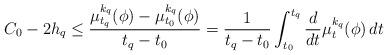
LaTeX: \begin{align*}C_0 -2h_q \leq \frac{\mu_{t_q} ^{k_q} (\phi) -\mu _{t_0} ^{k_q} (\phi) }{t_q-t_0}=\frac{1}{t_q -t_0} \int _{t_0} ^{t_q} \frac{d}{dt} \mu _t ^{k_q} (\phi) \, dt\end{align*}